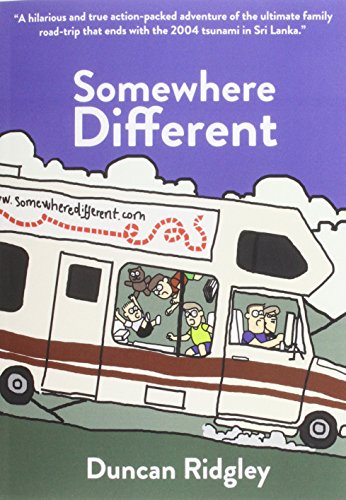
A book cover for Somewhere Different: A Family Adventure Through the Balkans, Egypt and Sri Lanka; Ridgley Duncan; Travel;